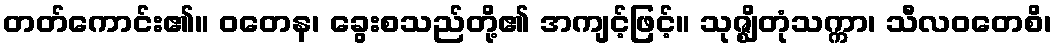
တတ်ကောင်း၏။ ဝတေန၊ ခွေးစသည်တို့၏ အကျင့်ဖြင့်။ သုဇ္ဈိတုံသက္ကာ၊ သီလဝတေစိ၊